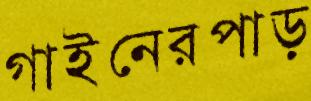
গাইনেরপাড়